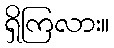
ရှိကြလား။